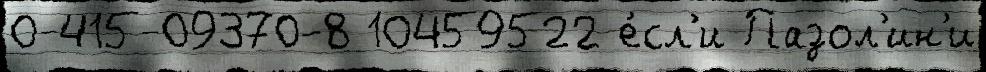
0-415-09370-8 10459522 е́сл'и Пазол'ин'и